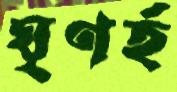
ঘৃণর্হ